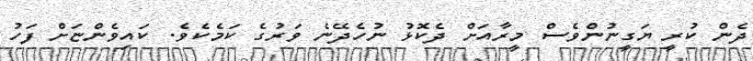
ދެން ކުރީ ޔަގީނުންވެސް މީރާއަށް ދެކޮޅު ނުހެދޭނެ ވަރުގެ ކަމެކެވެ. ކައިވެންޏަށް ފަހު